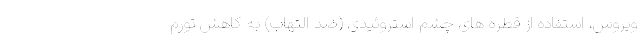
ویروس، استفاده از قطره های چشم استروئیدی (ضد التهاب) به کاهش تورم